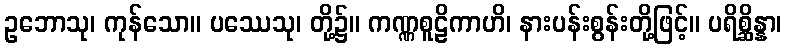
ဥဘောသု၊ ကုန်သော။ ပဿေသု၊ တို့၌။ ကဏ္ဏစူဠိကာဟိ၊ နားပန်းစွန်းတို့ဖြင့်။ ပရိစ္ဆိန္နာ၊